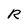
Character: R